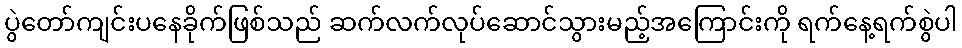
ပွဲတော်ကျင်းပနေခိုက်ဖြစ်သည် ဆက်လက်လုပ်ဆောင်သွားမည့်အကြောင်းကို ရက်နေ့ရက်စွဲပါ